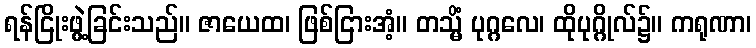
ရန်ငြိုးဖွဲ့ခြင်းသည်။ ဇာယေထ၊ ဖြစ်ငြားအံ့။ တသ္မိံ ပုဂ္ဂလေ၊ ထိုပုဂ္ဂိုလ်၌။ ကရုဏာ၊